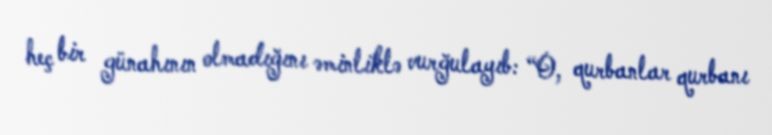
heç bir günahının olmadığını əminliklə vurğulayıb: “O, qurbanlar qurbanı